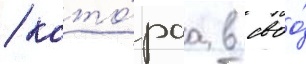
/ кото́раа в своо́